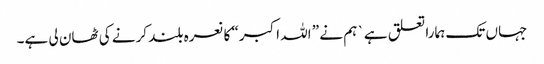
جہاں تک ہمارا تعلق ہے` ہم نے ” اللہ اکبر“ کا نعرہ بلند کرنے کی ٹھان لی ہے۔